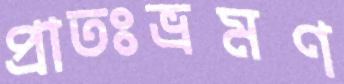
প্রাতঃভ্রমণ